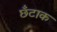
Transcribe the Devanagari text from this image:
छँटाक